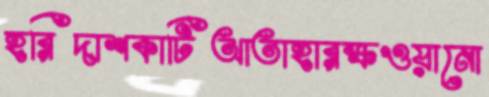
হরিদাশকাটিআতাহারক্ষওয়ানো